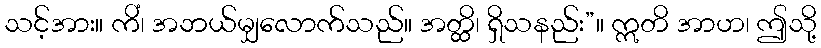
သင့်အား။ ကိံ၊ အဘယ်မျှလောက်သည်။ အတ္ထိ၊ ရှိသနည်း”။ ဣတိ အာဟ၊ ဤသို့